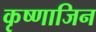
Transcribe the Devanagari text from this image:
कृष्णाजिन